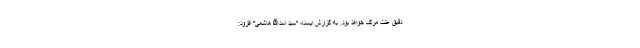
دقیق علت مرگ خواهد بود. به گزارش ایسنا؛ "سید اسدالله هاشمی" افزود: